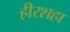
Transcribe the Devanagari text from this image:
हीरशहा